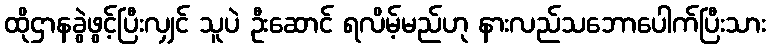
ထိုဌာနခွဲဖွင့်ပြီးလျှင် သူပဲ ဦးဆောင် ရလိမ့်မည်ဟု နားလည်သဘောပေါက်ပြီးသား